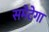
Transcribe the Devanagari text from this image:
समेटेगा